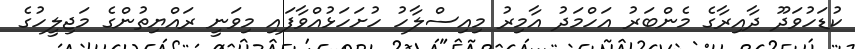
ކުޑަހުވަދޫ ދާއިރާގެ މެންބަރު އަހްމަދު އާމިރު މިއިސްލާހު ހުށަހަޅުއްވާފައި މިވަނީ ރައްޔިތުންގެ މަޖިލީހުގެ